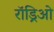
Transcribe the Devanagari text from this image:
रॉड्रिओ